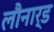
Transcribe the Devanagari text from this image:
लौनार्ड